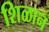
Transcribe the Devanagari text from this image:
शिळान